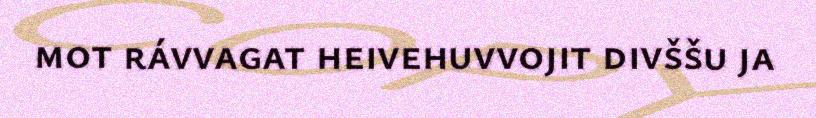
mot rávvagat heivehuvvojit divššu ja